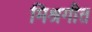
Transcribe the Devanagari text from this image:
मिश्रगीत